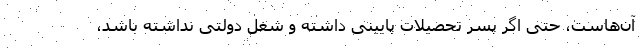
آن‌هاست، حتی اگر پسر تحصیلات پایینی داشته و شغل دولتی نداشته باشد،